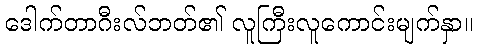
ဒေါက်တာဂီးလ်ဘတ်၏ လူကြီးလူကောင်းမျက်နှာ။